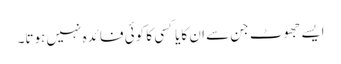
ایسے جھوٹ جن سے ان کایاکسی کا کوئی فائدہ نہیں ہوتا۔